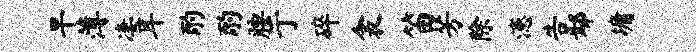
旱薄凄耳酌酌腰亍碎衾笛芳除漶告鄢墉